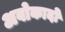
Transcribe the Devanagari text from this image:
अवोकादो